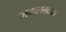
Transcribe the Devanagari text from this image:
जगतग्राम